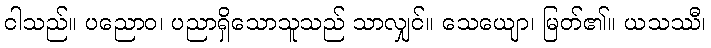
ငါသည်။ ပညောဝ၊ ပညာရှိသောသူသည် သာလျှင်။ သေယျော၊ မြတ်၏။ ယသဿီ၊